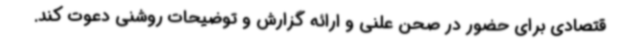
قتصادی برای حضور در صحن علنی و ارائه گزارش و توضیحات روشنی دعوت کند.